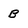
Character: B